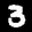
Label: 3